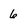
Character: 6